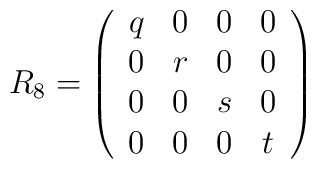
R_{8}=\left( \begin{array}{cccc}q&0&0&0\\0&r&0&0\\0&0&s&0\\0&0&0&t       \end{array}\right)